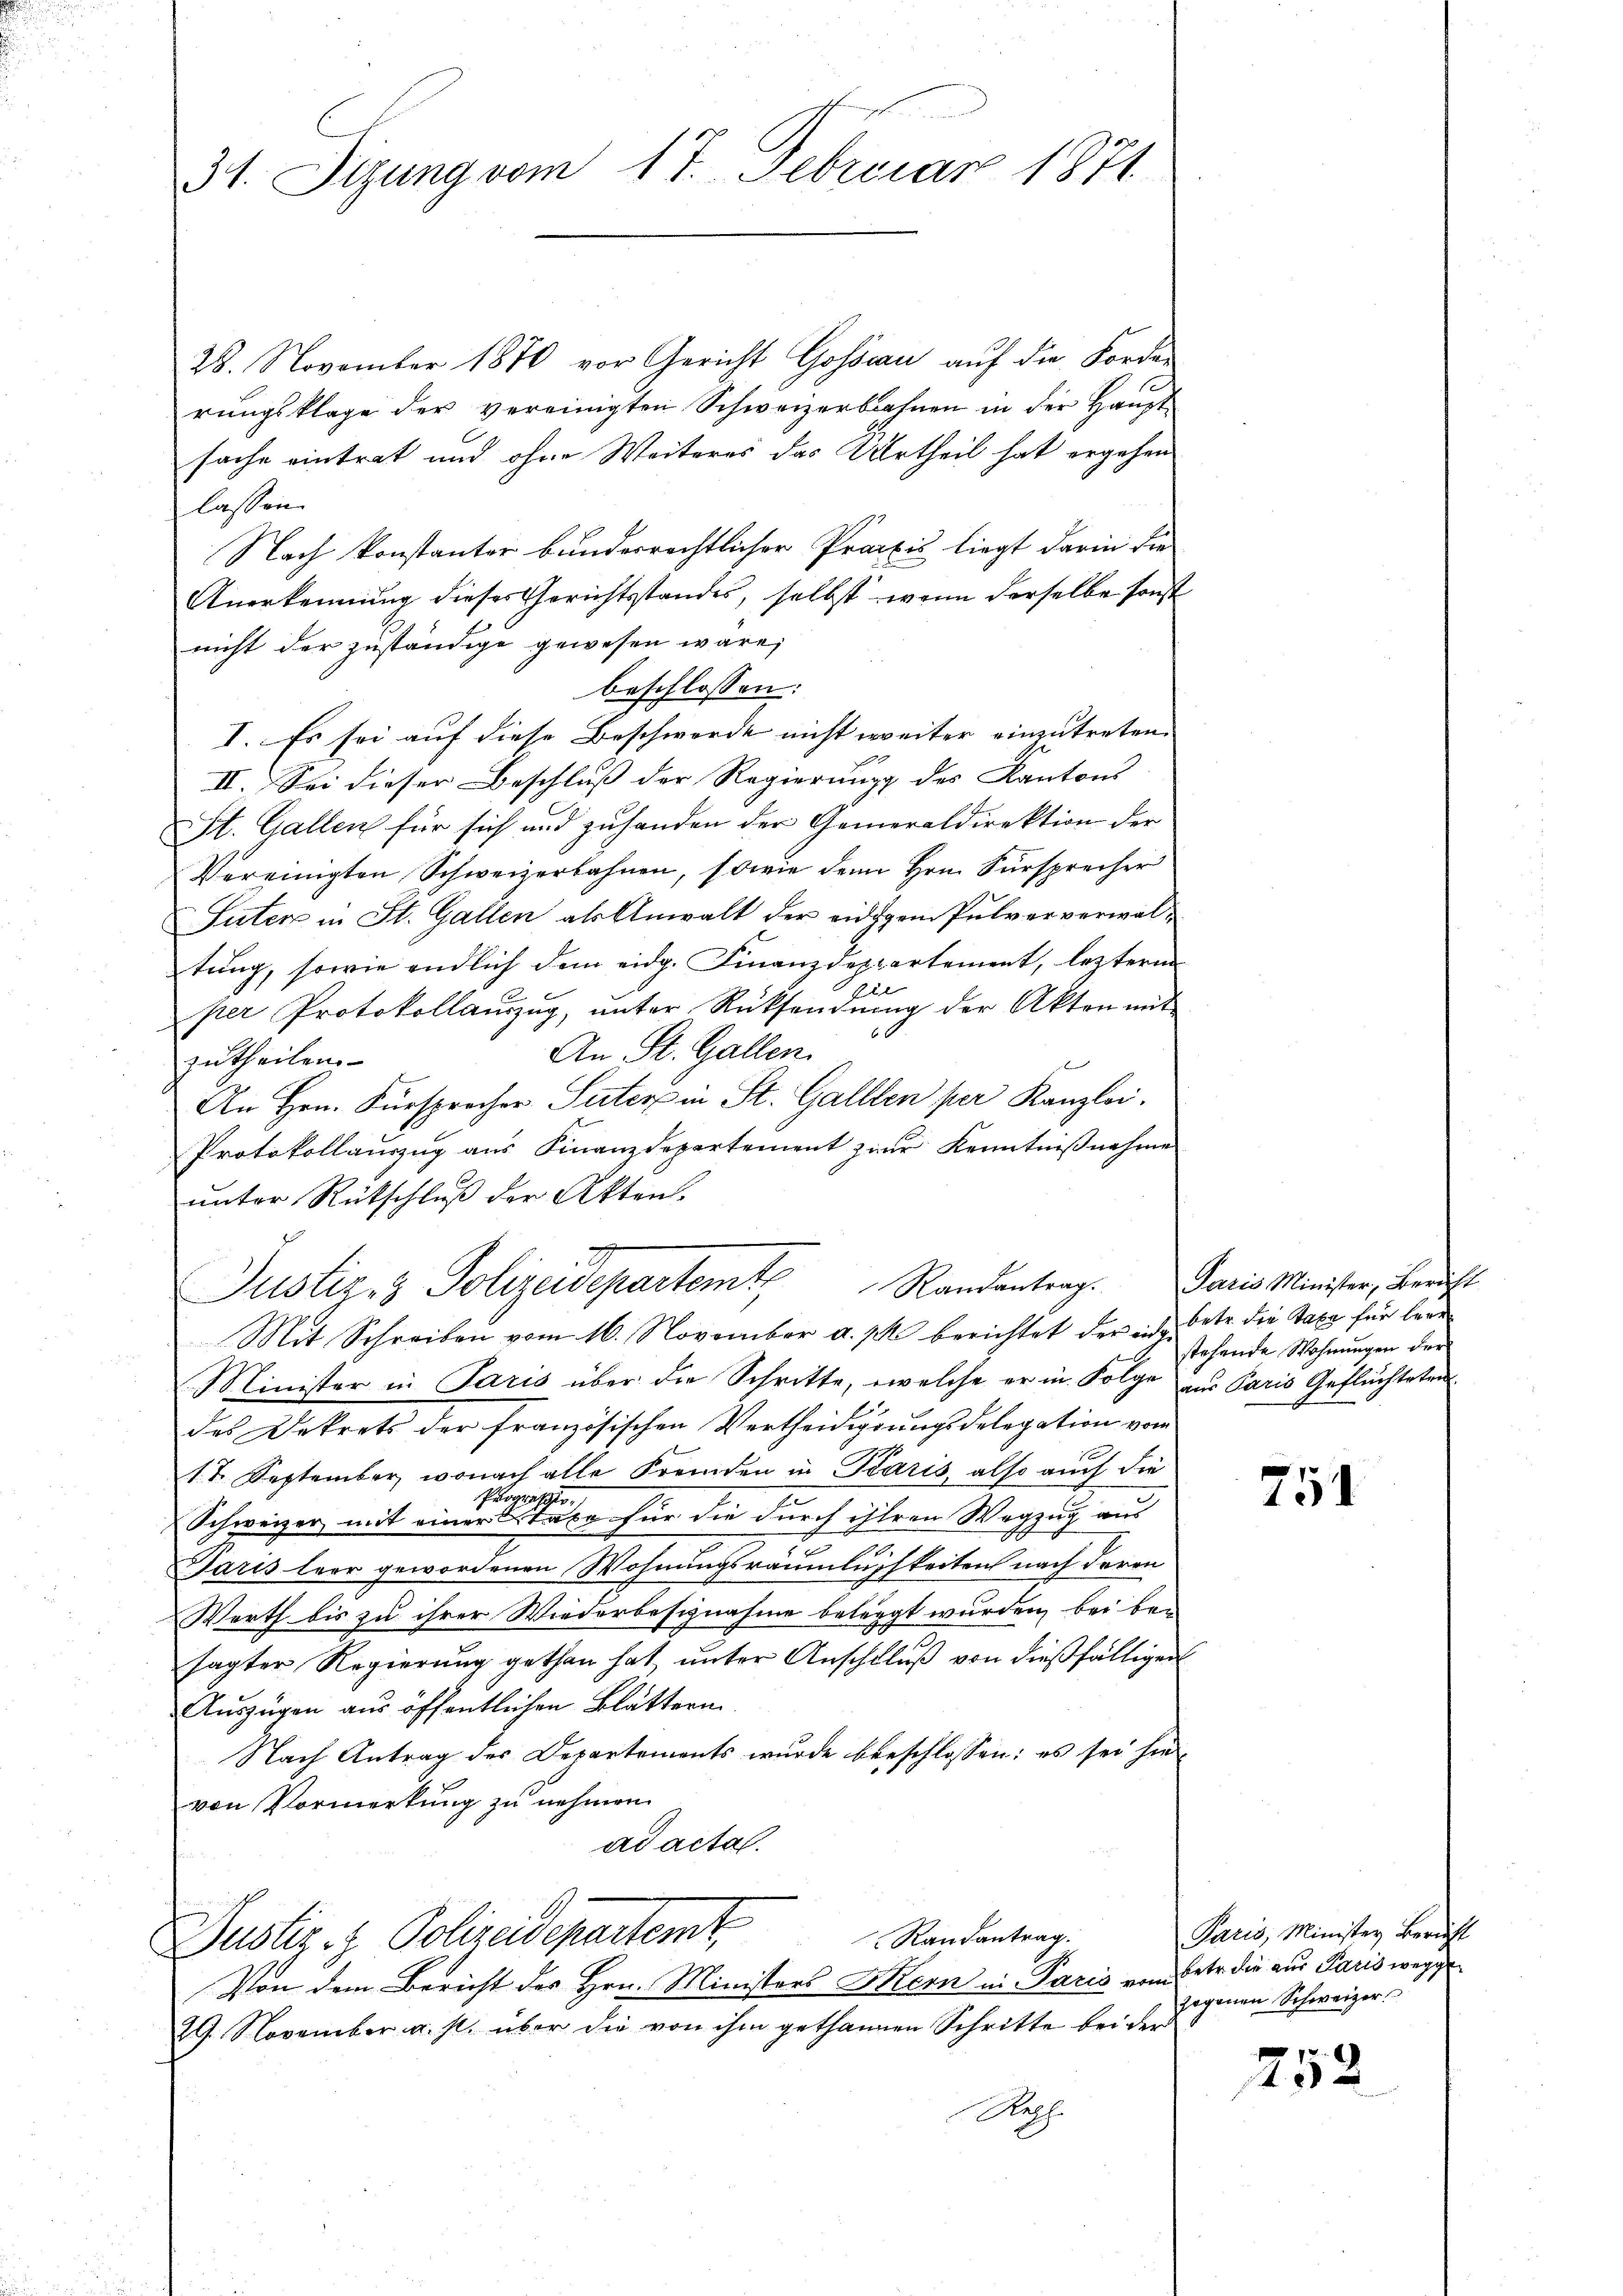
31. Sizung vom 17. Februar 1871

28. November 1870 vor Gericht Gossau auf die Forder
rungsklage der vereinigten Schweizerbahnen in der Haupt
sache eintrat und ohne Weiteres das Urtheil hat ergehen
lassen.
Nach konstanter bunderrechtlicher Praxis liegt darin die
Anerkennung dieses Gerichtsstandes, selbst, wenn derselbe sonst
nicht der zuständige gewesen wäre,
beschlossen:
I. Es sei auf diese Beschwerde nicht weiter einzutreten.
II. Sei dieser Beschluß der Regierung des Kantons
St. Gallen für sich und zuhanden der Generaldirektion der
Vereinigten Schweizerbahnen, sowie den Hrn. Fürsprecher
Suter in St. Gallen als Anwalt der eidigem Pulververwaltung, sowie endlich dem eidg. Finanzdeppartement, leztere
per Protokollaŭzŭg, ŭnter Rücksendŭng der Akten mit
An St. Gallen.
zutheilen.
An Hrn. Fürsprocher Suter in St. Gallen per Kanzlei.
Protokollauszug aus Finanzdepartement zur Kenntnißnahme
unter Rückschluß der Akten.
Justiz & Polizeidepartamt Randantrags
Mit Schreiben vom 16. November a. p. berichtet der in betr. die Taxe für bere
Minister in Paris über die Schritte, welche er in Folge aus Paris Geflüchtetendes Dekrets der französischen Vertheidigungsdelegation vom
17. September, wonach alle Fremden in Karis, also auch die
Progre,
n
Schweizer mit einer Stabe für die durch ihren Wegzug aus
n
Paris leer gewordenen Wohnungsräumlichkeiten nach deren
Werth bis zu ihrer Wiederbeschnahme belegt wurden, bei be-
sagter Regierung gethan hat unter Anschluß von dießfälligen
Auszügen aus öffentlichen Blättern
Nach Antrag des Departements wurde beeschlossen: es sei hie
von Vormerkung zu nehmen.
ad acta.
Randantrag.
Justiz- & Polizeidepartemt,
Von dem Bericht des Hrn. Ministers Hern in Paris vom 6 der die aus Paris wegge
29. November u. s. über die von ihm gethanen Schritte bei der
Regl

Paris Minister, Bericht
stehende Wohnungen der

751

Paris, Minister Bericht
gogenen Schweizer.

252